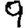
Digit: 9